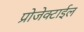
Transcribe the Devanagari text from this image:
प्रोजेक्टाईल